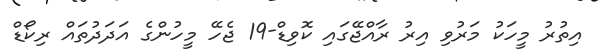
އިތުރު މީހަކު މަރުވި އިރު ރާއްޖޭގައި ކޮވިޑް-19 ޖެހޭ މީހުންގެ އަދަދުތައް ރިކޯޑް